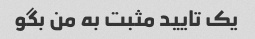
یک تایید مثبت به من بگو